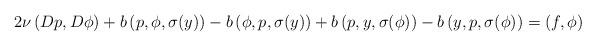
LaTeX: \begin{align*}2\nu\left(D p,D \phi\right)+b\left( p,\phi, \sigma(y) \right)-b\left( \phi,p, \sigma(y) \right)+b\left(p, y, \sigma(\phi) \right)-b\left( y,p, \sigma(\phi) \right)=\left(f, \phi\right)\end{align*}